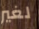
لغير